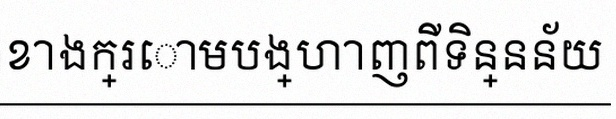
តារាងខាងក្រោមបង្ហាញពីទិន្នន័យ